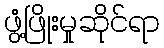
ဖွံ့ဖြိုးမှုဆိုင်ရာ